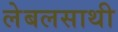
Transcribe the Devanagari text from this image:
लेबलसाथी